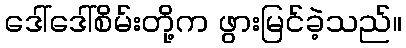
ဒေါ်ဒေါ်စိမ်းတို့က ဖွားမြင်ခဲ့သည်။